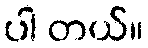
ပါ တယ်။